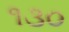
૧૩૦